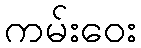
ကမ်းဝေး